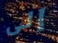
إلى